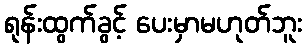
ရုန်းထွက်ခွင့် ပေးမှာမဟုတ်ဘူး